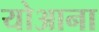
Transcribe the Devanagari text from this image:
योआना